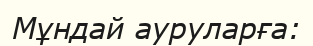
Мұндай ауруларға: